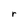
Character: r